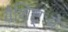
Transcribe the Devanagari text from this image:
वैशिष्ट्ःये